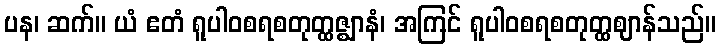
ပန၊ ဆက်။ ယံ ဧတံ ရူပါဝစရစတုတ္ထဇ္ဈာနံ၊ အကြင် ရူပါဝစရစတုတ္ထဈာန်သည်။